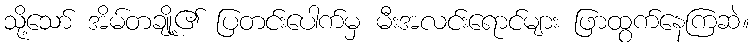
သို့သော် အိမ်တချို့၏ ပြတင်းပေါက်မှ မီးအလင်းရောင်များ ဖြာထွက်နေကြဆဲ။